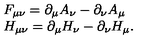
\begin{array} { l l } { F _ { \mu \nu } = \partial _ { \mu } A _ { \nu } - \partial _ { \nu } A _ { \mu } } \\ { H _ { \mu \nu } = \partial _ { \mu } H _ { \nu } - \partial _ { \nu } H _ { \mu } . } \\ \end{array}